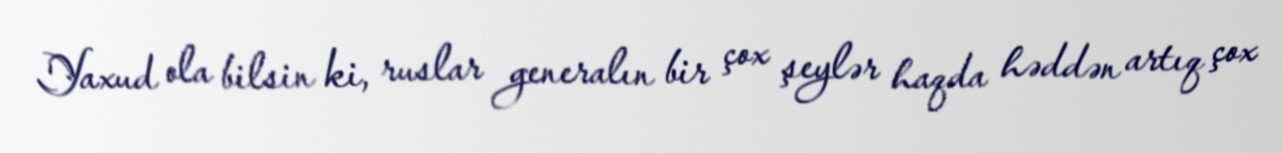
Yaxud ola bilsin ki, ruslar generalın bir çox şeylər haqda həddən artıq çox